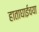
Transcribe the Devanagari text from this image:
हाताघाईचया